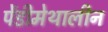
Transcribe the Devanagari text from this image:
पेंडीमेथालीन